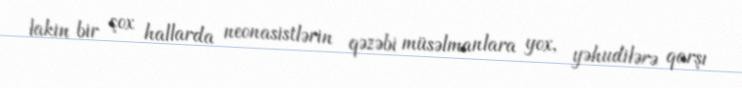
lakin bir çox hallarda neonasistlərin qəzəbi müsəlmanlara yox, yəhudilərə qarşı